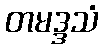
တမဒ္ဒသံ